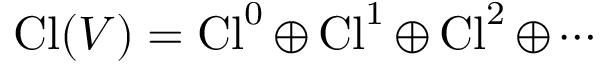
\operatorname { C l } ( V ) = \operatorname { C l } ^ { 0 } \oplus \operatorname { C l } ^ { 1 } \oplus \operatorname { C l } ^ { 2 } \oplus \cdots